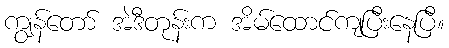
ကျွန်တော် အဲဒီတုန်းက အိမ်ထောင်ကျပြီးနေပြီ။